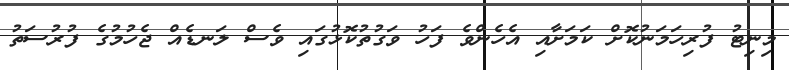
މިނިޓު ފުރިހަމަނުކޮށް ކަމަށާއި އެހެންވެ ފަހު ވަގުތުކޮޅުގައި ވެސް ލަނޑެއް ޖެހުމުގެ ފުރުސަތު